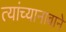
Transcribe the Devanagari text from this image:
त्यांच्यानावाने